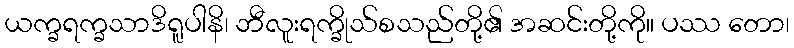
ယက္ခရက္ခသာဒိရူပါနိ၊ ဘီလူးရက္ခိုသ်စသည်တို့၏ အဆင်းတို့ကို။ ပဿ တော၊